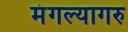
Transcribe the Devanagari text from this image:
मंगल्यागरु